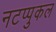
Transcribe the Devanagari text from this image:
नटप्पुकल